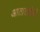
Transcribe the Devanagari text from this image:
आताताईयों